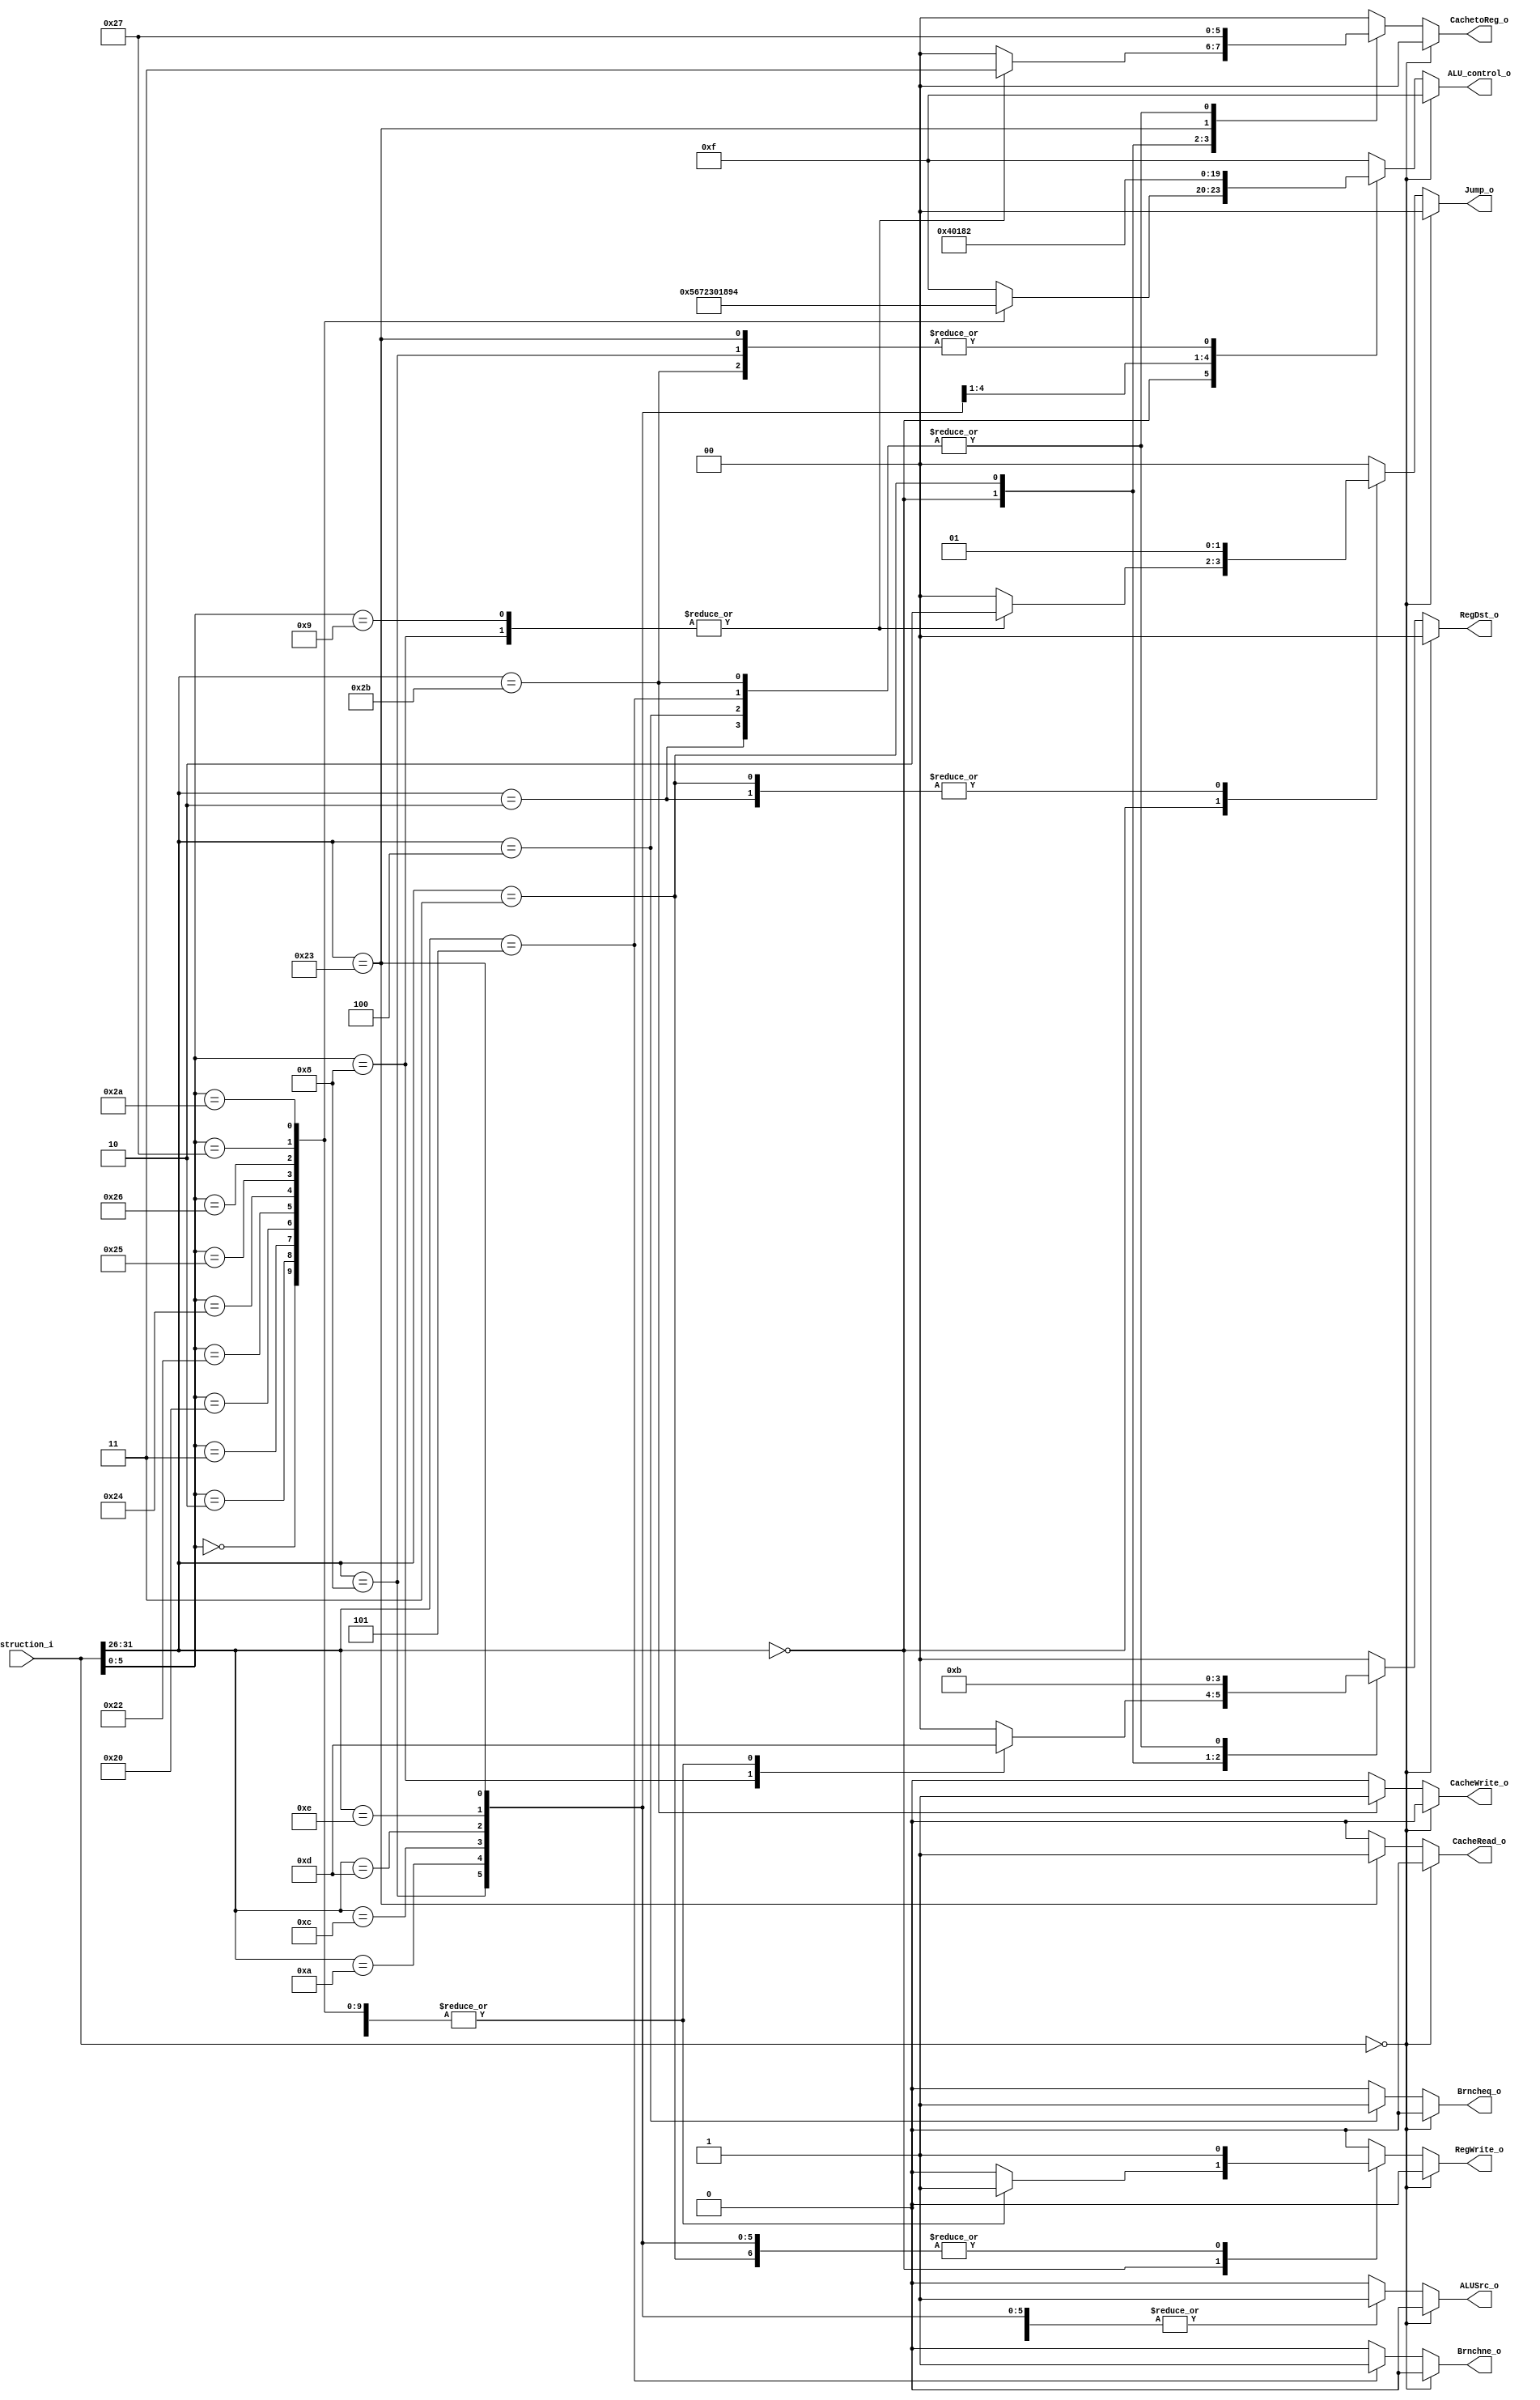
//TODO: cache oriented control signals
module control (
	input	  [31:0] instruction_i,
	output reg [1:0] RegDst_o,
	output reg [1:0] Jump_o,
	output reg 		 Brncheq_o,
	output reg 		 Brnchne_o,
	output reg [1:0] CachetoReg_o,
	output reg [3:0] ALU_control_o,
	output reg 		 CacheRead_o,
	output reg 		 CacheWrite_o,
	output reg 		 ALUSrc_o,
	output reg 		 RegWrite_o
);

localparam AND = 4'd0, OR = 4'd1, ADD = 4'd2, SUB = 4'd3, SLT = 4'd4, SLL = 4'd5, SRL = 4'd6, SRA = 4'd7, XOR = 4'd8, NOR = 4'd9;

wire [5:0] opcode_i, funct_i;

assign opcode_i = instruction_i[31:26];
assign funct_i 	= instruction_i[5:0];

always @(*) begin
	if (instruction_i == 32'b0) begin //nop
		RegDst_o   	  = 2'b00;
		Jump_o 	   	  = 2'b00;
		Brncheq_o     = 1'b0;
		Brnchne_o	  = 1'b0;
		CachetoReg_o  = 2'b00;
		ALU_control_o = 4'b1111;
		CacheRead_o	  = 1'b0;
		CacheWrite_o  = 1'b0;
		ALUSrc_o 	  = 1'b0;
		RegWrite_o    = 1'b0;
	end else begin
		case (opcode_i)
			6'h0: begin //r-type
				case (funct_i)
					6'h0: begin //sll
						RegDst_o   	  = 2'b01; //$rd
						Jump_o 	   	  = 2'b00;
						Brncheq_o     = 1'b0;
						Brnchne_o	  = 1'b0;
						CachetoReg_o  = 2'b00;
						ALU_control_o = SLL; //sll
						CacheRead_o	  = 1'b0;
						CacheWrite_o  = 1'b0;
						ALUSrc_o 	  = 1'b0;
						RegWrite_o    = 1'b1;
					end
					6'h2: begin //srl
						RegDst_o   	  = 2'b01; //$rd
						Jump_o 	   	  = 2'b00;
						Brncheq_o     = 1'b0;
						Brnchne_o	  = 1'b0;
						CachetoReg_o  = 2'b00;
						ALU_control_o = SRL; //srl
						CacheRead_o	  = 1'b0;
						CacheWrite_o  = 1'b0;
						ALUSrc_o 	  = 1'b0;
						RegWrite_o    = 1'b1;
					end
					6'h3: begin //sra
						RegDst_o   	  = 2'b01; //$rd
						Jump_o 	   	  = 2'b00;
						Brncheq_o     = 1'b0;
						Brnchne_o	  = 1'b0;
						CachetoReg_o  = 2'b00;
						ALU_control_o = SRA; //sra
						CacheRead_o	  = 1'b0;
						CacheWrite_o  = 1'b0;
						ALUSrc_o 	  = 1'b0;
						RegWrite_o    = 1'b1;
					end
					6'h8: begin //jr
						RegDst_o   	  = 2'b11;
						Jump_o 	   	  = 2'b10; //PC = $rs
						Brncheq_o     = 1'b0;
						Brnchne_o	  = 1'b0;
						CachetoReg_o  = 2'b11;
						ALU_control_o = 4'b1111;
						CacheRead_o	  = 1'b0;
						CacheWrite_o  = 1'b0;
						ALUSrc_o 	  = 1'b0;
						RegWrite_o    = 1'b0;
					end
					6'h9: begin //jalr
						RegDst_o   	  = 2'b01; //$rd
						Jump_o 	   	  = 2'b10; //PC = $rs
						Brncheq_o     = 1'b0;
						Brnchne_o	  = 1'b0;
						CachetoReg_o  = 2'b11;
						ALU_control_o = 4'b1111;
						CacheRead_o	  = 1'b0;
						CacheWrite_o  = 1'b0;
						ALUSrc_o 	  = 1'b0;
						RegWrite_o    = 1'b1; //$rd = PC
					end
					6'h20: begin //add
						RegDst_o   	  = 2'b01; //$rd
						Jump_o 	   	  = 2'b00;
						Brncheq_o     = 1'b0;
						Brnchne_o	  = 1'b0;
						CachetoReg_o  = 2'b00;
						ALU_control_o = ADD; //add
						CacheRead_o	  = 1'b0;
						CacheWrite_o  = 1'b0;
						ALUSrc_o 	  = 1'b0;
						RegWrite_o    = 1'b1;
					end
					6'h22: begin //sub
						RegDst_o   	  = 2'b01; //$rd
						Jump_o 	   	  = 2'b00;
						Brncheq_o     = 1'b0;
						Brnchne_o	  = 1'b0;
						CachetoReg_o  = 2'b00;
						ALU_control_o = SUB; //sub
						CacheRead_o	  = 1'b0;
						CacheWrite_o  = 1'b0;
						ALUSrc_o 	  = 1'b0;
						RegWrite_o    = 1'b1;
					end
					6'h24: begin //and
						RegDst_o   	  = 2'b01; //$rd
						Jump_o 	   	  = 2'b00;
						Brncheq_o     = 1'b0;
						Brnchne_o	  = 1'b0;
						CachetoReg_o  = 2'b00;
						ALU_control_o = AND; //and
						CacheRead_o	  = 1'b0;
						CacheWrite_o  = 1'b0;
						ALUSrc_o 	  = 1'b0;
						RegWrite_o    = 1'b1;
					end
					6'h25: begin //or
						RegDst_o   	  = 2'b01; //$rd
						Jump_o 	   	  = 2'b00;
						Brncheq_o     = 1'b0;
						Brnchne_o	  = 1'b0;
						CachetoReg_o  = 2'b00;
						ALU_control_o = OR; //or
						CacheRead_o	  = 1'b0;
						CacheWrite_o  = 1'b0;
						ALUSrc_o 	  = 1'b0;
						RegWrite_o    = 1'b1;
					end
					6'h26: begin //xor
						RegDst_o   	  = 2'b01; //$rd
						Jump_o 	   	  = 2'b00;
						Brncheq_o     = 1'b0;
						Brnchne_o	  = 1'b0;
						CachetoReg_o  = 2'b00;
						ALU_control_o = XOR; //xor
						CacheRead_o	  = 1'b0;
						CacheWrite_o  = 1'b0;
						ALUSrc_o 	  = 1'b0;
						RegWrite_o    = 1'b1;
					end
					6'h27: begin //nor
						RegDst_o   	  = 2'b01; //$rd
						Jump_o 	   	  = 2'b00;
						Brncheq_o     = 1'b0;
						Brnchne_o	  = 1'b0;
						CachetoReg_o  = 2'b00;
						ALU_control_o = NOR; //nor
						CacheRead_o	  = 1'b0;
						CacheWrite_o  = 1'b0;
						ALUSrc_o 	  = 1'b0;
						RegWrite_o    = 1'b1;
					end
					6'h2a: begin //slt
						RegDst_o   	  = 2'b01; //$rd
						Jump_o 	   	  = 2'b00;
						Brncheq_o     = 1'b0;
						Brnchne_o	  = 1'b0;
						CachetoReg_o  = 2'b00;
						ALU_control_o = SLT; //slt
						CacheRead_o	  = 1'b0;
						CacheWrite_o  = 1'b0;
						ALUSrc_o 	  = 1'b0;
						RegWrite_o    = 1'b1;
					end
					default : begin //nop
						RegDst_o   	  = 2'b00;
						Jump_o 	   	  = 2'b00;
						Brncheq_o     = 1'b0;
						Brnchne_o	  = 1'b0;
						CachetoReg_o  = 2'b00;
						ALU_control_o = 4'b1111;
						CacheRead_o	  = 1'b0;
						CacheWrite_o  = 1'b0;
						ALUSrc_o 	  = 1'b0;
						RegWrite_o    = 1'b0;
					end
				endcase
			end
			6'h2: begin //j
				RegDst_o   	  = 2'b11;
				Jump_o 	   	  = 2'b01; //PC = JumpAddr
				Brncheq_o     = 1'b0;
				Brnchne_o	  = 1'b0;
				CachetoReg_o  = 2'b11;
				ALU_control_o = 4'b1111;
				CacheRead_o	  = 1'b0;
				CacheWrite_o  = 1'b0;
				ALUSrc_o 	  = 1'b0;
				RegWrite_o    = 1'b0;
			end
			6'h3: begin //jal
				RegDst_o   	  = 2'b10; //$ra
				Jump_o 	   	  = 2'b01; //PC = JumpAddr
				Brncheq_o     = 1'b0;
				Brnchne_o	  = 1'b0;
				CachetoReg_o  = 2'b10; //PC + 8
				ALU_control_o = 4'b1111;
				CacheRead_o	  = 1'b0;
				CacheWrite_o  = 1'b0;
				ALUSrc_o 	  = 1'b0;
				RegWrite_o    = 1'b1; //$ra = PC
			end
			6'h4: begin //beq
				RegDst_o   	  = 2'b11;
				Jump_o 	   	  = 2'b00;
				Brncheq_o     = 1'b1;
				Brnchne_o	  = 1'b0;
				CachetoReg_o  = 2'b11;
				ALU_control_o = 4'b1111; //nop
				CacheRead_o	  = 1'b0;
				CacheWrite_o  = 1'b0;
				ALUSrc_o 	  = 1'b0;
				RegWrite_o    = 1'b0;
			end
			6'h5: begin //bne
				RegDst_o   	  = 2'b11;
				Jump_o 	   	  = 2'b00;
				Brncheq_o     = 1'b0;
				Brnchne_o	  = 1'b1;
				CachetoReg_o  = 2'b11;
				ALU_control_o = 4'b1111; //nop
				CacheRead_o	  = 1'b0;
				CacheWrite_o  = 1'b0;
				ALUSrc_o 	  = 1'b0;
				RegWrite_o    = 1'b0;
			end
			6'h8: begin //addi
				RegDst_o   	  = 2'b00; //$rt
				Jump_o 	   	  = 2'b00;
				Brncheq_o     = 1'b0;
				Brnchne_o	  = 1'b0;
				CachetoReg_o  = 2'b00;
				ALU_control_o = ADD; //add
				CacheRead_o	  = 1'b0;
				CacheWrite_o  = 1'b0;
				ALUSrc_o 	  = 1'b1; //SignExtImm
				RegWrite_o    = 1'b1;
			end
			6'ha: begin //slti
				RegDst_o   	  = 2'b00; //$rt
				Jump_o 	   	  = 2'b00;
				Brncheq_o     = 1'b0;
				Brnchne_o	  = 1'b0;
				CachetoReg_o  = 2'b00;
				ALU_control_o = SLT; //slt
				CacheRead_o	  = 1'b0;
				CacheWrite_o  = 1'b0;
				ALUSrc_o 	  = 1'b1; //SignExtImm
				RegWrite_o    = 1'b1;
			end
			6'hc: begin //andi
				RegDst_o   	  = 2'b00; //$rt
				Jump_o 	   	  = 2'b00;
				Brncheq_o     = 1'b0;
				Brnchne_o	  = 1'b0;
				CachetoReg_o  = 2'b00;
				ALU_control_o = AND; //and
				CacheRead_o	  = 1'b0;
				CacheWrite_o  = 1'b0;
				ALUSrc_o 	  = 1'b1; //SignExtImm
				RegWrite_o    = 1'b1;
			end
			6'hd: begin //ori
				RegDst_o   	  = 2'b00; //$rt
				Jump_o 	   	  = 2'b00;
				Brncheq_o     = 1'b0;
				Brnchne_o	  = 1'b0;
				CachetoReg_o  = 2'b00;
				ALU_control_o = OR; //or
				CacheRead_o	  = 1'b0;
				CacheWrite_o  = 1'b0;
				ALUSrc_o 	  = 1'b1; //SignExtImm
				RegWrite_o    = 1'b1;
			end
			6'he: begin //xori
				RegDst_o   	  = 2'b00; //$rt
				Jump_o 	   	  = 2'b00;
				Brncheq_o     = 1'b0;
				Brnchne_o	  = 1'b0;
				CachetoReg_o  = 2'b00;
				ALU_control_o = XOR; //xor
				CacheRead_o	  = 1'b0;
				CacheWrite_o  = 1'b0;
				ALUSrc_o 	  = 1'b1; //SignExtImm
				RegWrite_o    = 1'b1;
			end
			6'h23: begin //lw
				RegDst_o   	  = 2'b00; //$rt
				Jump_o 	   	  = 2'b00;
				Brncheq_o     = 1'b0;
				Brnchne_o	  = 1'b0;
				CachetoReg_o  = 2'b01;
				ALU_control_o = ADD; //add
				CacheRead_o	  = 1'b1;
				CacheWrite_o  = 1'b0;
				ALUSrc_o 	  = 1'b1; //SignExtImm
				RegWrite_o    = 1'b1;
			end
			6'h2b: begin //sw
				RegDst_o   	  = 2'b11;
				Jump_o 	   	  = 2'b00;
				Brncheq_o     = 1'b0;
				Brnchne_o	  = 1'b0;
				CachetoReg_o  = 2'b11;
				ALU_control_o = ADD; //add
				CacheRead_o	  = 1'b0;
				CacheWrite_o  = 1'b1;
				ALUSrc_o 	  = 1'b1; //SignExtImm
				RegWrite_o    = 1'b0;
			end
			default : begin
				RegDst_o   	  = 2'b00;
				Jump_o 	   	  = 2'b00;
				Brncheq_o     = 1'b0;
				Brnchne_o	  = 1'b0;
				CachetoReg_o  = 2'b00;
				ALU_control_o = 4'b1111;
				CacheRead_o	  = 1'b0;
				CacheWrite_o  = 1'b0;
				ALUSrc_o 	  = 1'b0;
				RegWrite_o    = 1'b0;
			end
		endcase
	end
	
end

endmodule